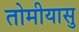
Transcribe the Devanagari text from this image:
तोमीयासु